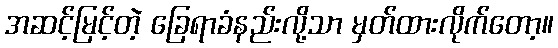
အဆင့်မြင့်တဲ့ ခြေရာခံနည်းလို့သာ မှတ်ထားလိုက်တော့။